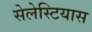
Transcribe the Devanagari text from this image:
सेलेस्टियास